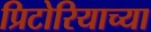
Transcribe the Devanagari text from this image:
प्रिटोरियाच्या